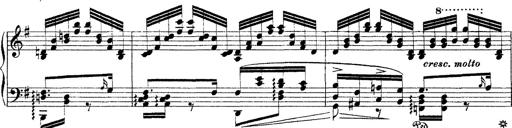
Title: Ã‰tudes d'exÃ©cution transcendante d'aprÃ¨s Paganini
Composer: Franz Liszt